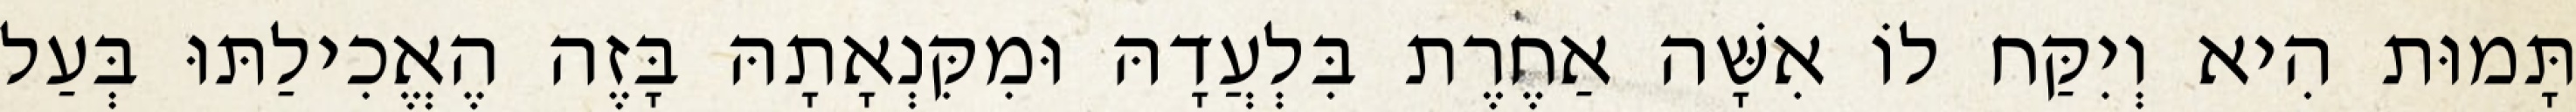
תָּמוּת הִיא וְיִקַּח לוֹ אִשָּׁה אַחֶרֶת בִּלְעֲדָהּ וּמִקִּנְאָתָהּ בָּזֶה הֶאֱכִילַתּוּ בְּעַל